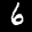
Label: 6